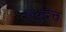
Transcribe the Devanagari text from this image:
बंधुदत्त